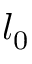
l _ { 0 }